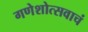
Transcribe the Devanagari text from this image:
गणेशोत्सवाचं